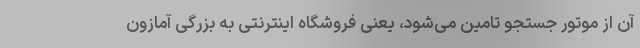
آن از موتور جستجو تامین می‌شود، یعنی فروشگاه اینترنتی به بزرگی آمازون